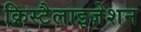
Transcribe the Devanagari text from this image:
क्रिस्टैलाइज़ेशन